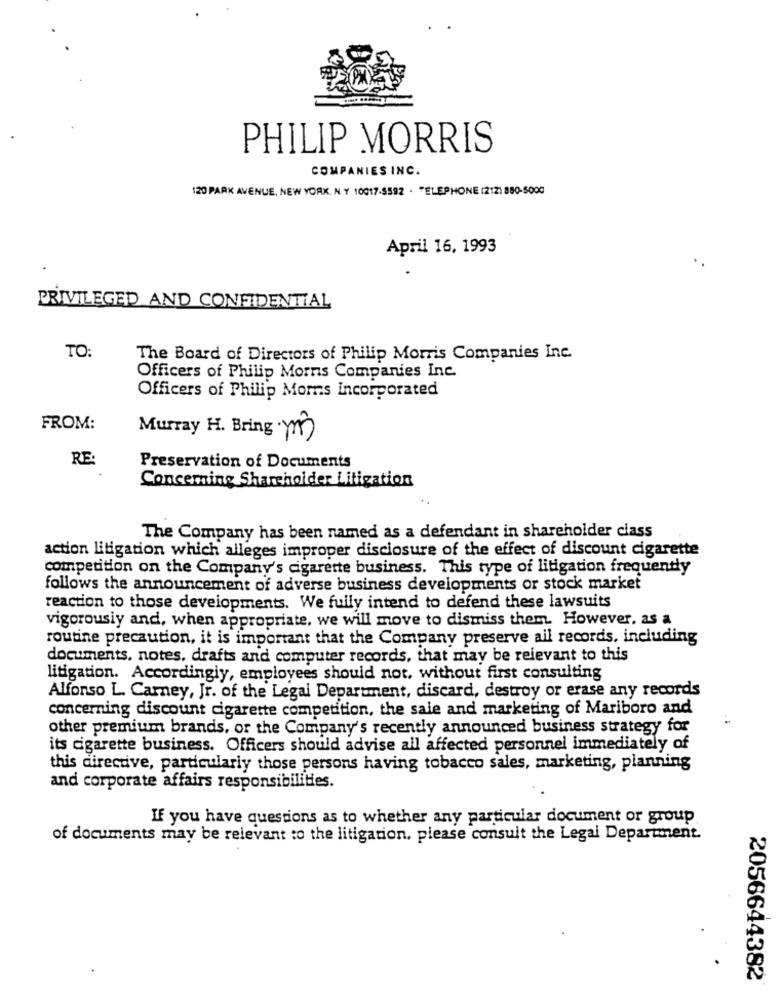
PHILIP MORRIS
COMPANIES INC.
120 PARK AVENUE, NEW YORK. N Y 10017-5592 . TELEPHONE (212) 880-5000
April 16, 1993
PRIVILEGED AND CONFIDENTIAL
TO:
The Board of Directors of Philip Morris Companies Inc.
Officers of Philip Morris Companies Inc.
Officers of Philip Morris Incorporated
FROM:
Murray H. Bring m)
RE:
Preservation of Documents
Concerning Shareholder Litigation
The Company has been named as a defendant in shareholder class
action litigation which alleges improper disclosure of the effect of discount cigarette
competition on the Company's cigarette business. This type of litigation frequently
follows the announcement of adverse business developments or stock market
reaction to those developments. We fully intend to defend these lawsuits
vigorously and, when appropriate, we will move to dismiss them. However, as a
routine precaution, it is important that the Company preserve ail records, including
documents. notes. drafts and computer records, that may be relevant to this
litigation. Accordingly, employees should not. without first consulting
Alfonso L. Carney, Jr. of the Legal Department, discard, destroy or erase any records
concerning discount cigarette competition, the sale and marketing of Mariboro and
other premium brands, or the Company's recently announced business strategy for
its cigarette business. Officers should advise all affected personnel immediately of
this directive, particularly those persons having tobacco sales, marketing, planning
and corporate affairs responsibilities.
If you have questions as to whether any particular document or group
of documents may be relevant to the litigation. please consult the Legal Department.
2056644382